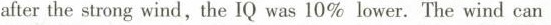
after the strong wind,the IQ was 10% lower. The wind can